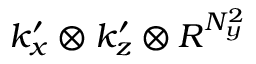
k _ { x } ^ { \prime } \otimes k _ { z } ^ { \prime } \otimes R ^ { N _ { y } ^ { 2 } }